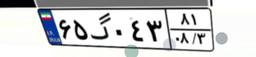
۶۵گ۰۴۳۸۱